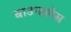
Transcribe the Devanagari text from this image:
बाउन्डलेस